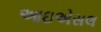
આઇએસલ